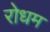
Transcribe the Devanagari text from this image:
रोधम